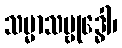
သမ္မာသမ္ဗုဒ္ဓေါ၊